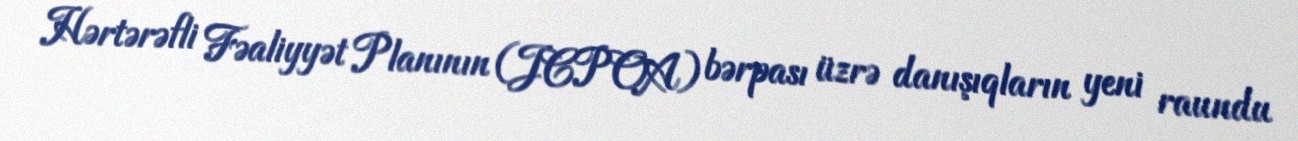
Hərtərəfli Fəaliyyət Planının (JCPOA) bərpası üzrə danışıqların yeni raundu